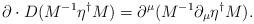
LaTeX: \begin{align*}\partial \cdot D (M^{-1} \eta^\dagger M) =\partial^\mu (M^{-1} \partial_\mu \eta^\dagger M).\end{align*}